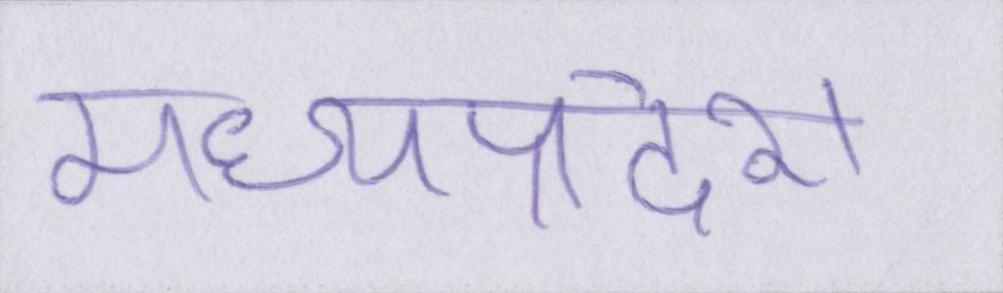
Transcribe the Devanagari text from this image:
मध्यप्रदेश